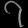
Digit: ၇